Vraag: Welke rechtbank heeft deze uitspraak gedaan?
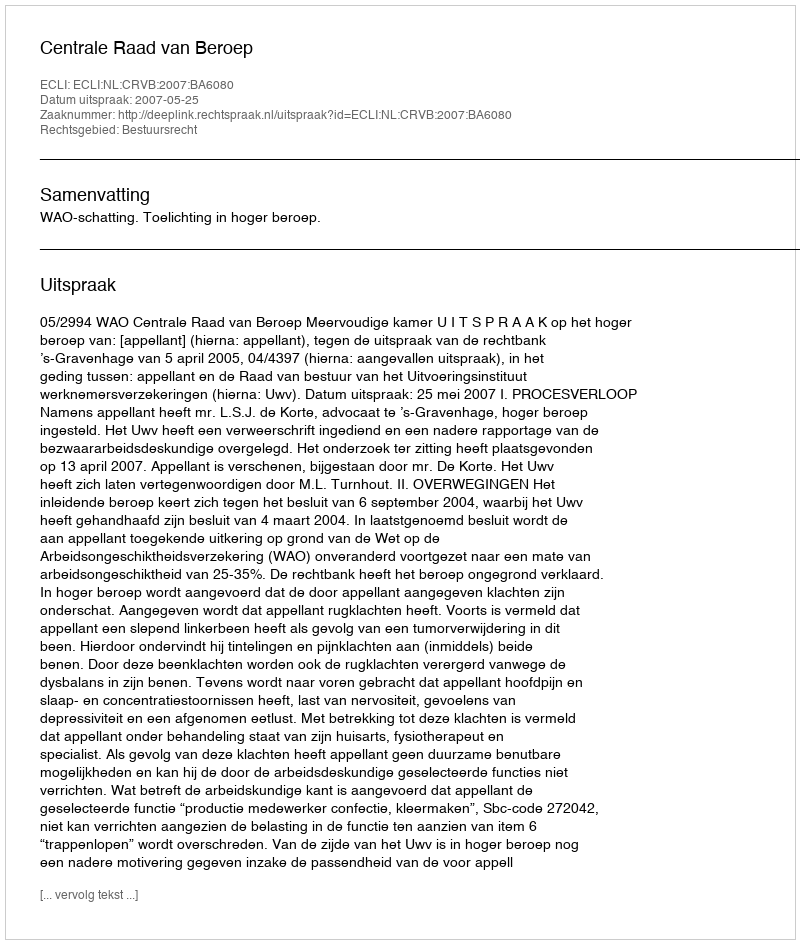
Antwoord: Centrale Raad van Beroep